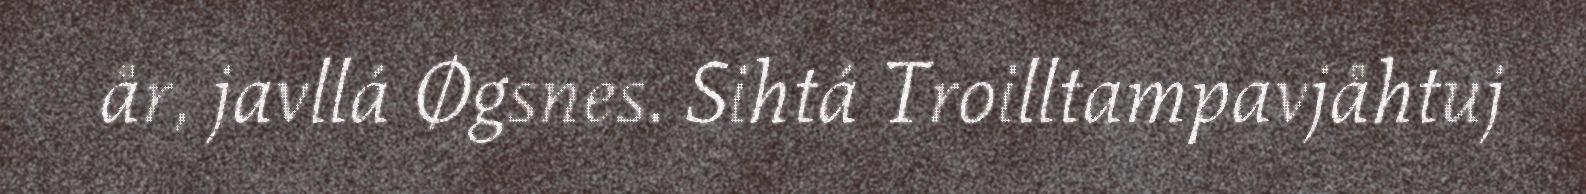
år, javllá Øgsnes. Sihtá Troilltampavjåhtuj